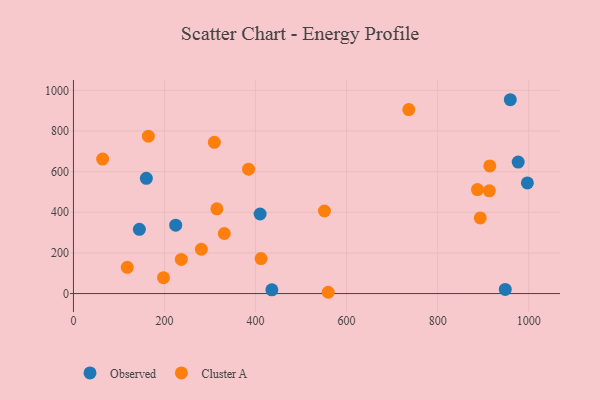
{"axis": {"x": "Speed", "y": "Sales"}, "legend": ["Cluster A", "Observed"], "data": [{"x": "160.1", "y": 567.2, "type": "Observed"}, {"x": "224.6", "y": 336.4, "type": "Observed"}, {"x": "976.8", "y": 647.1, "type": "Observed"}, {"x": "948.4", "y": 20.5, "type": "Observed"}, {"x": "959.5", "y": 954.0, "type": "Observed"}, {"x": "435.8", "y": 18.6, "type": "Observed"}, {"x": "997.0", "y": 544.7, "type": "Observed"}, {"x": "144.8", "y": 316.0, "type": "Observed"}, {"x": "410.0", "y": 391.5, "type": "Observed"}, {"x": "236.9", "y": 168.1, "type": "Cluster A"}, {"x": "736.6", "y": 905.3, "type": "Cluster A"}, {"x": "118.2", "y": 128.9, "type": "Cluster A"}, {"x": "309.5", "y": 744.5, "type": "Cluster A"}, {"x": "913.5", "y": 505.4, "type": "Cluster A"}, {"x": "197.8", "y": 78.4, "type": "Cluster A"}, {"x": "331.3", "y": 295.7, "type": "Cluster A"}, {"x": "412.1", "y": 172.0, "type": "Cluster A"}, {"x": "64.1", "y": 662.1, "type": "Cluster A"}, {"x": "893.5", "y": 372.3, "type": "Cluster A"}, {"x": "887.4", "y": 511.9, "type": "Cluster A"}, {"x": "315.0", "y": 417.0, "type": "Cluster A"}, {"x": "164.6", "y": 774.7, "type": "Cluster A"}, {"x": "559.6", "y": 6.3, "type": "Cluster A"}, {"x": "384.6", "y": 612.4, "type": "Cluster A"}, {"x": "551.3", "y": 406.2, "type": "Cluster A"}, {"x": "280.9", "y": 218.1, "type": "Cluster A"}, {"x": "914.5", "y": 628.1, "type": "Cluster A"}]}